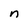
Character: n